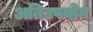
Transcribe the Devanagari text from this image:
अतिउपयोग